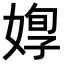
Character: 𡞦